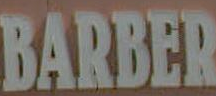
BARBER